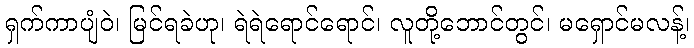
ရှက်ကာပျံဝဲ၊ မြင်ရခဲဟု၊ ရဲရဲရောင်ရောင်၊ လူတို့ဘောင်တွင်၊ မရှောင်မလန့်၊